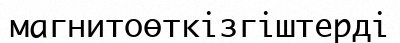
магнитоөткізгіштерді